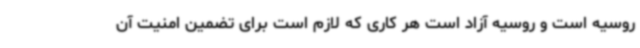
روسیه است و روسیه آزاد است هر کاری که لازم است برای تضمین امنیت آن